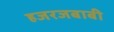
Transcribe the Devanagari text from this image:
हजरजबाबी